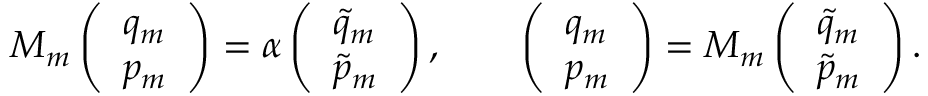
M _ { m } \left( \begin{array} { l } { q _ { m } } \\ { p _ { m } } \end{array} \right) = \alpha \left( \begin{array} { l } { \tilde { q } _ { m } } \\ { \tilde { p } _ { m } } \end{array} \right) , \qquad \left( \begin{array} { l } { q _ { m } } \\ { p _ { m } } \end{array} \right) = M _ { m } \left( \begin{array} { l } { \tilde { q } _ { m } } \\ { \tilde { p } _ { m } } \end{array} \right) .